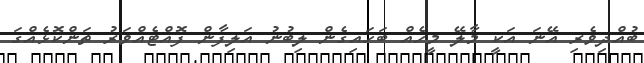
ބުއްދިވެރި އޭނަ އަކީ މާލޭ މީހެއް ބަހައިގެން ލިބުނު އަލިފާން ފޮއްޓެއްވަރު ތަންކޮޅެއްގަ